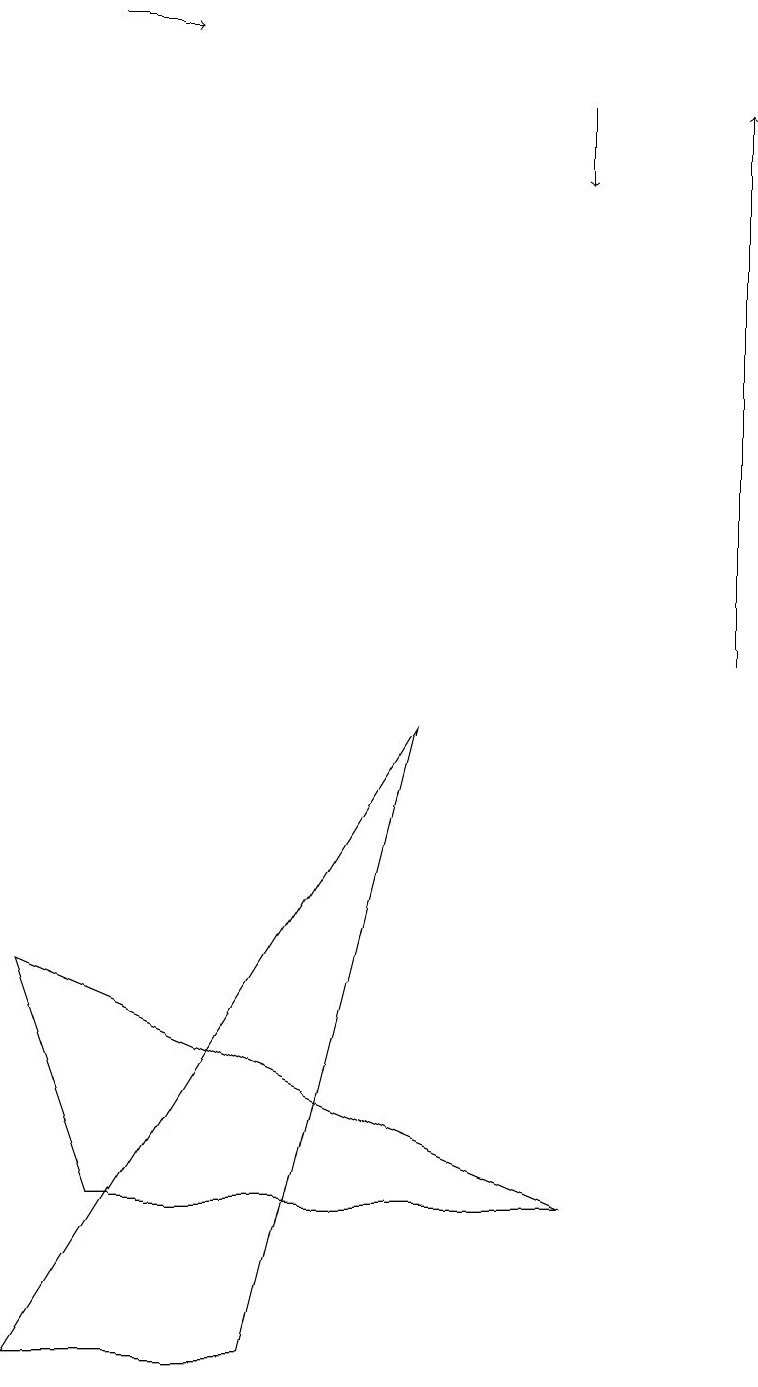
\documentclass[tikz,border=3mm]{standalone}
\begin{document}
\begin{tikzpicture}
\draw[->] (9,10) -- (9,17);
\draw[->] (7,17) -- (7,16);
\draw (3,1) -- (5,9) -- (0,1) -- cycle;
\draw[->] (1,18) -- (2,18);
\draw (7,3) -- (1,3) -- (0,6) -- cycle;
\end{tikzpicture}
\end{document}